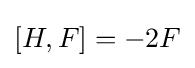
[H,F]=-2F